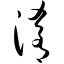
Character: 淆